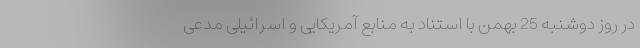
در روز دوشنبه 25 بهمن با استناد به منابع آمریکایی و اسرائیلی مدعی